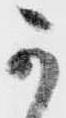
可